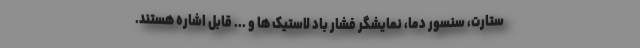
ستارت، سنسور دما، نمایشگر فشار باد لاستیک ها و ... قابل اشاره هستند.